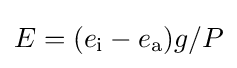
E=(e_{\text{i}}-e_{\text{a}})g/P